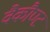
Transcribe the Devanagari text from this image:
वैकौण्ट